Source: Handwritten
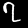
Digit: ၇ (7)